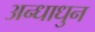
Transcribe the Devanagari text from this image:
अन्धाधुन